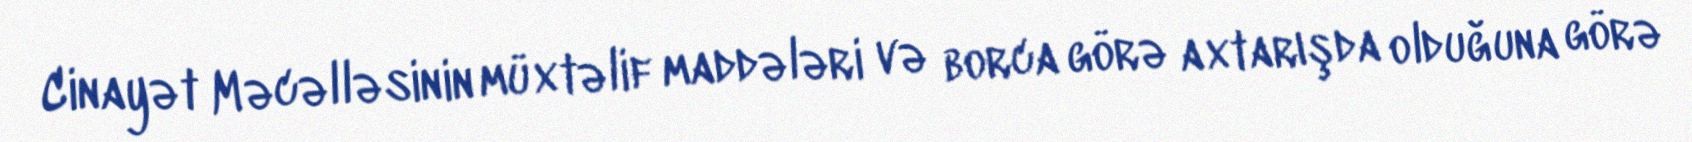
Cinayət Məcəlləsinin müxtəlif maddələri və borca görə axtarışda olduğuna görə